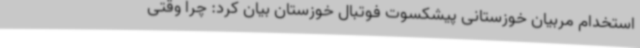
استخدام مربیان خوزستانی پیشکسوت فوتبال خوزستان بیان کرد: چرا وقتی